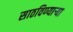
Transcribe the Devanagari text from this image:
साठविण्याऱ्या